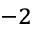
^ { - 2 }